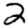
Digit: 2